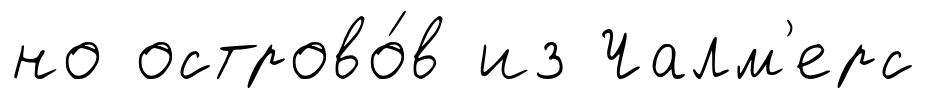
но острово́в из Чалм'ерс